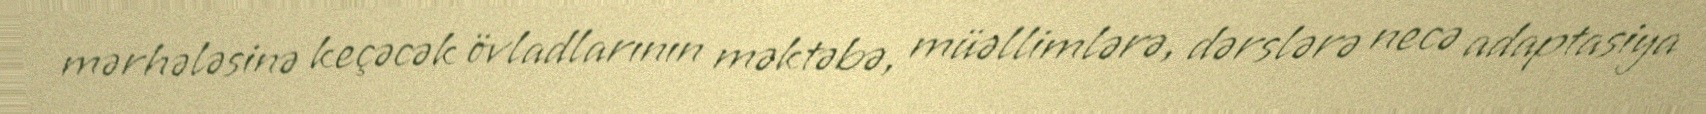
mərhələsinə keçəcək övladlarının məktəbə, müəllimlərə, dərslərə necə adaptasiya